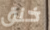
خنق